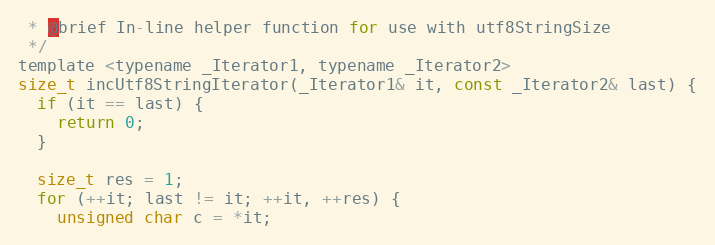
Language: C
 * @brief In-line helper function for use with utf8StringSize
 */
template <typename _Iterator1, typename _Iterator2>
size_t incUtf8StringIterator(_Iterator1& it, const _Iterator2& last) {
  if (it == last) {
    return 0;
  }

  size_t res = 1;
  for (++it; last != it; ++it, ++res) {
    unsigned char c = *it;